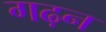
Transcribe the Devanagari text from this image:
गढ़न